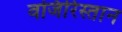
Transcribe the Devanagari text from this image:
वजिरिस्तान